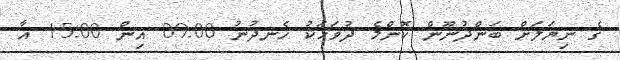
ގެ ނިޔަލަށް ބަންދުނޫން ކޮންމެ ދުވަހަކު ހެނދުނު 09:00 އިން 15:00 އާ